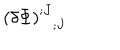
LaTeX: \left( \delta \Phi \right) _ { \; \; \, ; J } ^ { ; J }